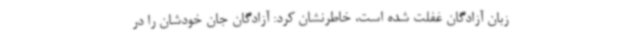
زبان آزادگان غفلت شده است، خاطرنشان کرد: آزادگان جان خودشان را در